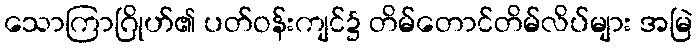
သောကြာဂြိုဟ်၏ ပတ်ဝန်းကျင်၌ တိမ်တောင်တိမ်လိပ်များ အမြဲ